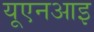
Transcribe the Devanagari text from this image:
यूएनआइ